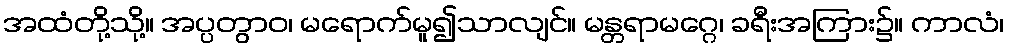
အထံတို့သို့။ အပ္ပတွာဝ၊ မရောက်မူ၍သာလျင်။ မန္တရာမဂ္ဂေ၊ ခရီးအကြား၌။ ကာလံ၊